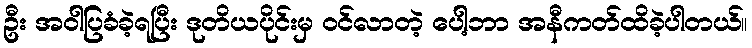
ဦး အဝါပြခံခဲ့ရပြီး ဒုတိယပိုင်းမှ ဝင်လာတဲ့ ပေါ့ဘာ အနီကတ်ထိခဲ့ပါတယ်။